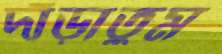
দাঁড়াতুম